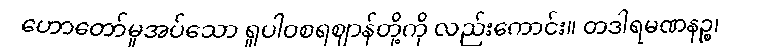
ဟောတော်မူအပ်သော ရူပါဝစရဈာန်တို့ကို လည်းကောင်း။ တဒါရမဏနဉ္စ၊